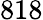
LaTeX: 818